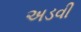
અડવી